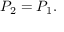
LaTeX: P _ { 2 } = P _ { 1 } .